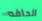
الحافه